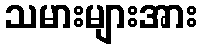
သမားများအား